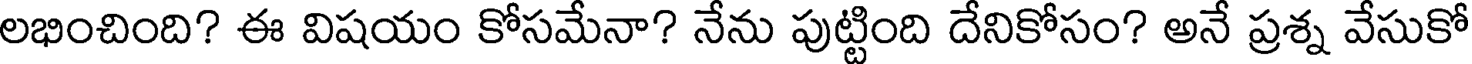
లభించింది? ఈ విషయం కోసమేనా? నేను పుట్టింది దేనికోసం? అనే ప్రశ్న వేసుకో